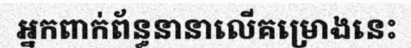
អ្នកពាក់ព័ន្ធនានាលើគម្រោងនេះ